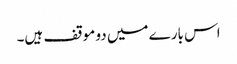
اس بارے میں دو موقف ہیں۔